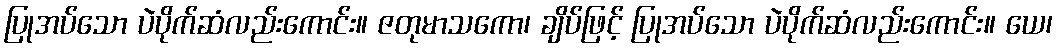
ပြုအပ်သော ပဲပိုက်ဆံလည်းကောင်း။ ဇတုမာသကော၊ ချိပ်ဖြင့် ပြုအပ်သော ပဲပိုက်ဆံလည်းကောင်း။ ယေ၊